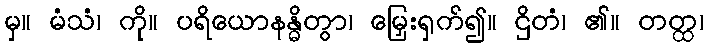
မှ။ မံသံ၊ ကို။ ပရိယောနန္ဓိတွာ၊ မြှေးရှက်၍။ ဌိတံ၊ ၏။ တတ္ထ၊